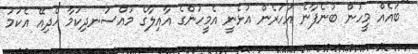
"ބައެއް މީހުން ބުނެފާނެ އަހަރެން އުޅެނީ އެމީހުންގެ އާއިލާގެ މުއްސަނދިކަމާ ހެދިއޭ އެކަމު